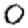
Digit: 0